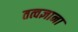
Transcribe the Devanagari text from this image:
तत्वज्ञाना